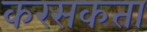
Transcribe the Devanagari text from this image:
करसकता